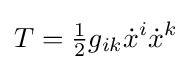
T={\tfrac {1}{2}}g_{ik}{\dot {x}}^{i}{\dot {x}}^{k}